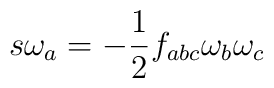
s\omega_{a} = -\frac{1}{2}  f_{abc}\omega_{b} \omega_{c}